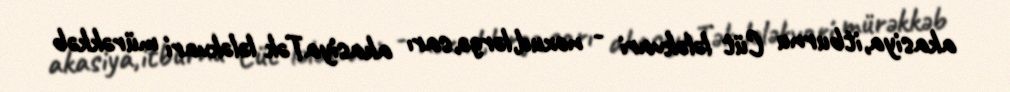
akasiya,itburnu Cüt lələkvari - noxud,lərgə,sarı akasiyaTək lələkvari mürəkkəb